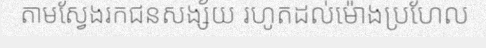
តាមស្វែងរកជនសង្ស័យ រហូតដល់ម៉ោងប្រហែល